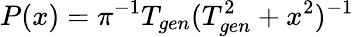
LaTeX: P(x)=\pi^{-1}T_{gen}(T_{gen}^{2}+x^{2})^{-1}